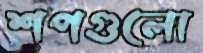
শপগুলো